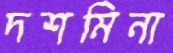
দশমিনা